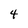
Character: 4